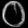
Digit: ၀